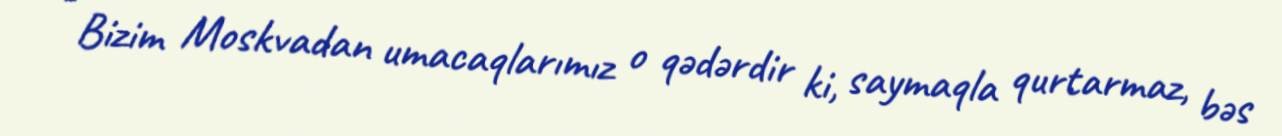
- Bizim Moskvadan umacaqlarımız o qədərdir ki, saymaqla qurtarmaz, bəs